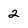
Character: 2